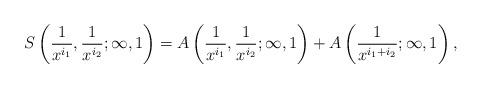
LaTeX: \begin{align*}S\left(\frac{1}{x^{i_1}},\frac{1}{x^{i_2}};\infty,1\right)=A\left(\frac{1}{x^{i_1}},\frac{1}{x^{i_2}};\infty,1\right)+A\left(\frac{1}{x^{i_1+i_2}};\infty,1\right),\end{align*}